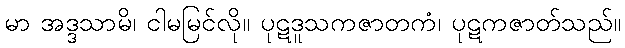
မာ အဒ္ဒသာမိ၊ ငါမမြင်လို။ ပုဋဒူသကဇာတကံ၊ ပုဋကဇာတ်သည်။